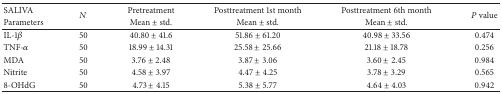
<table><thead><tr><td><b>SALIVA</b></td><td rowspan="2"><b><i>N</i></b></td><td><b>Pretreatment</b></td><td><b>Posttreatment 1st month</b></td><td><b>Posttreatment 6th month</b></td><td rowspan="2"><b><i>P</i> value</b></td></tr><tr><td><b>Parameters</b></td><td><b>Mean ± std.</b></td><td><b>Mean ± std.</b></td><td><b>Mean ± std.</b></td></tr></thead><tbody><tr><td>IL-1<i>β</i></td><td>50</td><td>40.80 ± 41.6</td><td>51.86 ± 61.20</td><td>40.98 ± 33.56</td><td>0.474</td></tr><tr><td>TNF-<i>α</i></td><td>50</td><td>18.99 ± 14.31</td><td>25.58 ± 25.66</td><td>21.18 ± 18.78</td><td>0.256</td></tr><tr><td>MDA</td><td>50</td><td>3.76 ± 2.48</td><td>3.87 ± 3.06</td><td>3.60 ± 2.45</td><td>0.984</td></tr><tr><td>Nitrite</td><td>50</td><td>4.58 ± 3.97</td><td>4.47 ± 4.25</td><td>3.78 ± 3.29</td><td>0.565</td></tr><tr><td>8-OHdG</td><td>50</td><td>4.73 ± 4.15</td><td>5.38 ± 5.77</td><td>4.64 ± 4.03</td><td>0.942</td></tr></tbody></table>